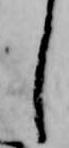
し